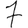
Digit: 7